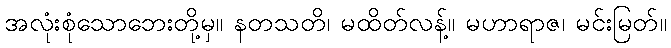
အလုံးစုံသောဘေးတို့မှ။ နတသတိ၊ မထိတ်လန့်။ မဟာရာဇ၊ မင်းမြတ်။